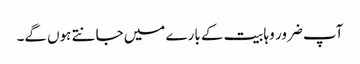
آپ ضرور وہابیت کے بارے میں جانتے ہوں گے۔